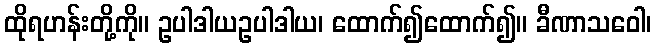
ထိုရဟန်းတို့ကို။ ဥပါဒါယဥပါဒါယ၊ ထောက်၍ထောက်၍။ ခီဏာသဝေါ၊